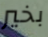
بخير